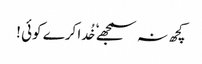
کچھ نہ سمجھے ٗ خُدا کرے کوئی !